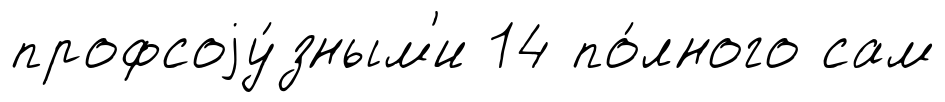
профсоjу́зным'и 14 по́лного сам